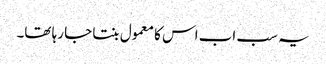
یہ سب اب اس کا معمول بنتا جا رہا تھا۔